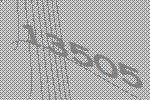
13505